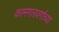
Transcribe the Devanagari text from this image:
कामगारवर्गाच्या